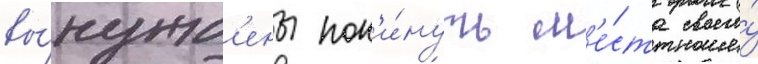
вы́нужд'ены пок'и́нуть м'е́ста своего́